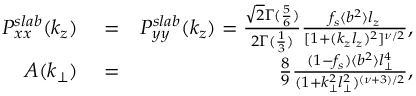
\begin{array} { r l r } { P _ { x x } ^ { s l a b } ( k _ { z } ) } & { { } = } & { P _ { y y } ^ { s l a b } ( k _ { z } ) = \frac { \sqrt { 2 } \Gamma ( \frac { 5 } { 6 } ) } { 2 \Gamma ( \frac { 1 } { 3 } ) } \frac { f _ { s } \langle b ^ { 2 } \rangle l _ { z } } { [ 1 + ( k _ { z } l _ { z } ) ^ { 2 } ] ^ { \nu / 2 } } , } \\ { A ( k _ { \perp } ) } & { { } = } & { \frac { 8 } { 9 } \frac { ( 1 - f _ { s } ) \langle b ^ { 2 } \rangle l _ { \perp } ^ { 4 } } { ( 1 + k _ { \perp } ^ { 2 } l _ { \perp } ^ { 2 } ) ^ { ( \nu + 3 ) / 2 } } , } \end{array}